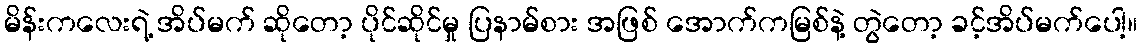
မိန်းကလေးရဲ့ အိပ်မက် ဆိုတော့ ပိုင်ဆိုင်မှု ပြနာမ်စား အဖြစ် အောက်ကမြစ်နဲ့ တွဲတော့ ခင့်အိပ်မက်ပေါ့။